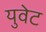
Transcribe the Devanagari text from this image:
युवेट